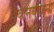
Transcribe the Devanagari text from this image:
विनियोजनी